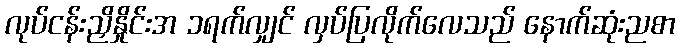
လုပ်ငန်းညှိနှိုင်းအ ၁ရက်လျှင် လှပ်ပြလိုက်လေသည် နောက်ဆုံးညစာ